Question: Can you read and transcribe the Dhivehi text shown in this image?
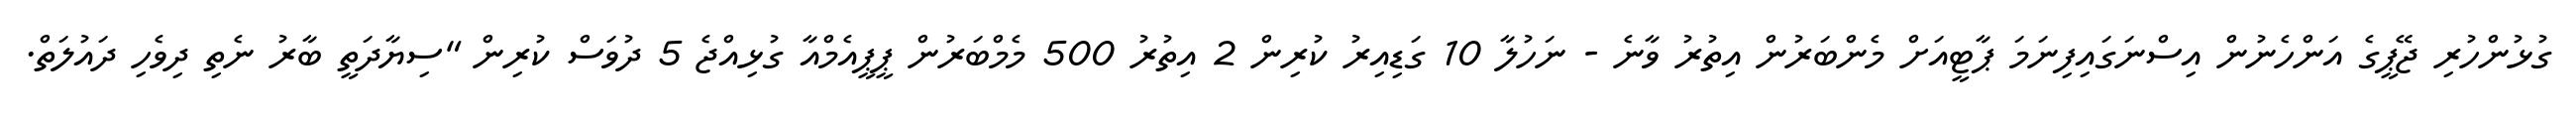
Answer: ގުޅުންހުރި ޖޭޕީގެ އަންހެނުން އިސްނަގައިފިނަމަ ޕާޓީއަށް މެންބަރުން އިތުރު ވާނެ - ނަހުލާ 10 ގަޑިއިރު ކުރިން 2 އިތުރު 500 މެމްބަރުން ޕީޕީއެމްއާ ގުޅިއްޖެ 5 ދުވަސް ކުރިން "ސިޔާދަތީ ބާރު ނެތި ދިވެހި ދައުލަތް.